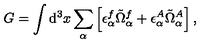
G = \int \mathrm { d } ^ { 3 } x \sum _ { \alpha } \left[ \epsilon _ { \alpha } ^ { f } \tilde { \Omega } _ { \alpha } ^ { f } + \epsilon _ { \alpha } ^ { A } \tilde { \Omega } _ { \alpha } ^ { A } \right] ,